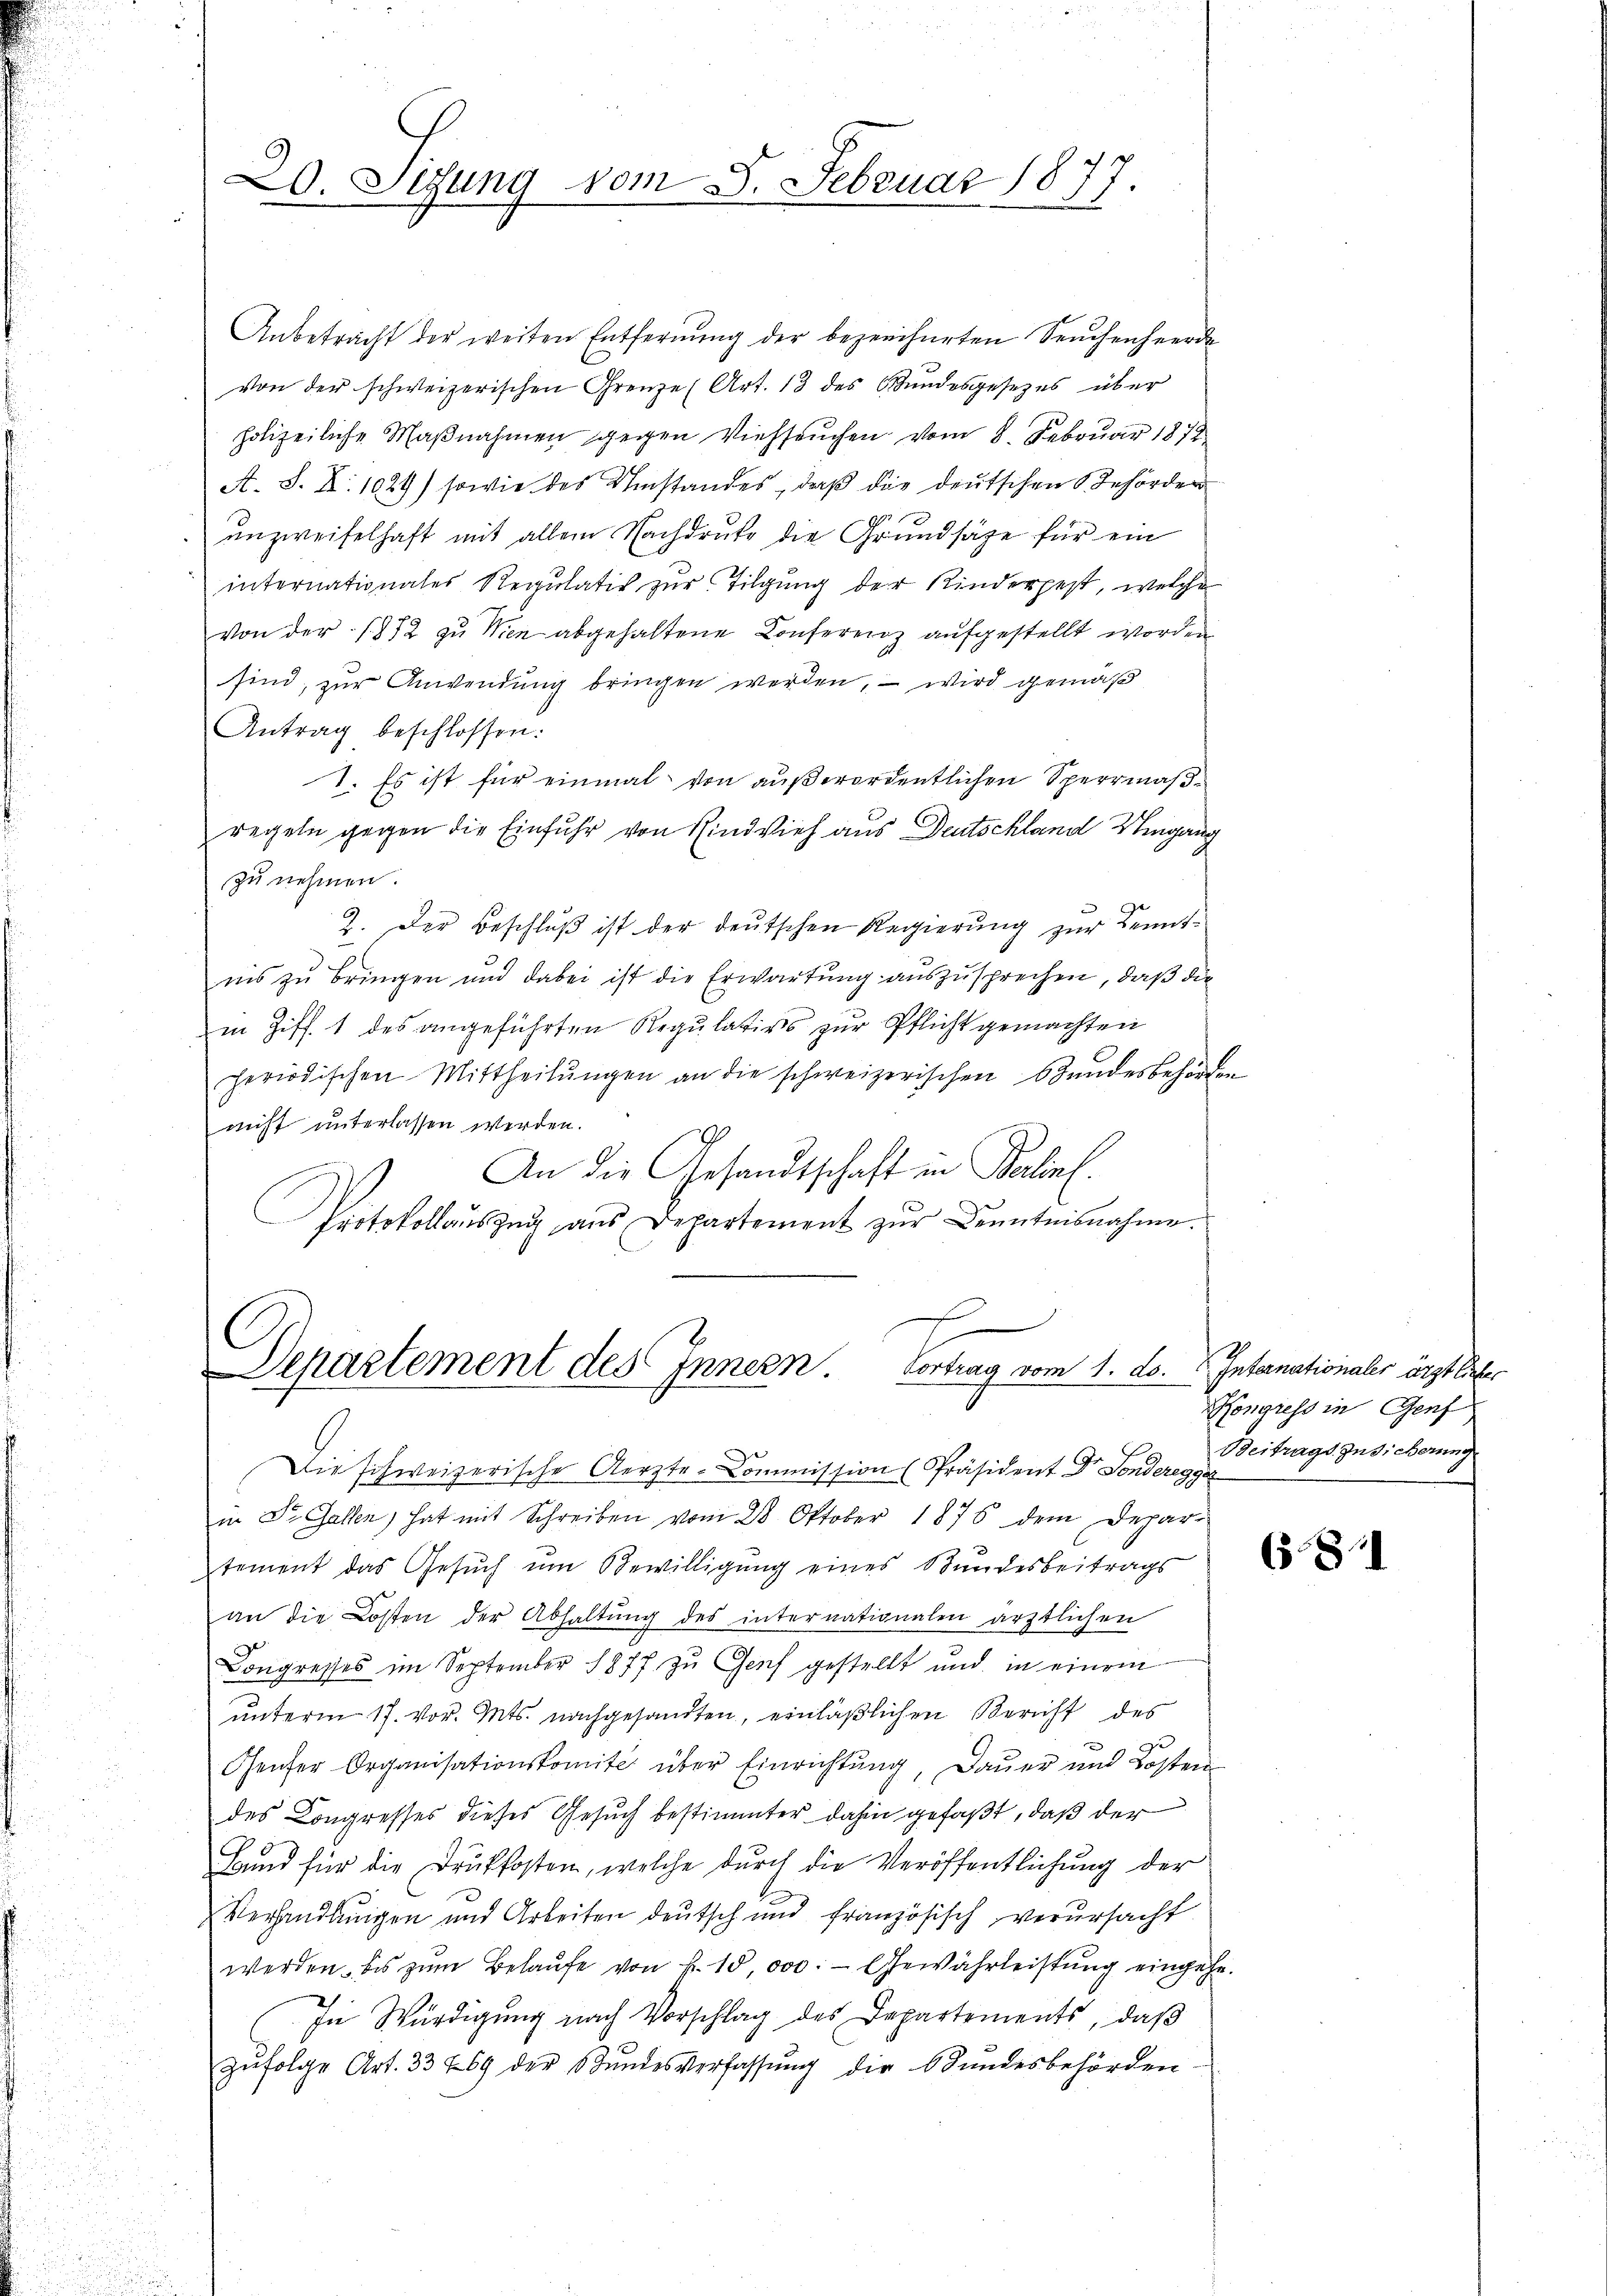
20. Sizung vom 8. Februar 1877.

Anbetracht der weiten Entfernŭng der bezeichneten Seucherheerde
von der schweizerischen Grenze (Art. 13 des Bundesgesezes über
holizeiliche Maßnahmen gegen Viehseuchen vom 8. Februar 1872
A. S. Z. 1029) sowie des Umstandes, daß die deutschen Behörder
 unzweifelhaft mit allem Nachdruke die Grundsätze für ein
internationales Regŭlativ zur Tilgung der Kinderpest, welche
Von der 1872 zu Wien abgehaltene Conferenz aufgestellt worden
sind, zur Anwendung bringen werden, – wird gemäß
Antrag beschlossen:
1. Es ist für einmal von außerordentlichen Sperrmaßregeln gegen die Einfuhr von Rindvieh aus Deutschland Umgang
zu nehmen.
2. Der Beschlŭβ ist der deutschen Regierŭng zur Kenntnis zu bringen und dabei ist die Erwartung auszusprechen, daß die
in Ziff. 1 des angeführten Regulativs zur Pflicht gemachten
periodischen Mittheilŭngen an die schweizerischen Bundesbehörden
nicht unterlassen werden.
An die Gesandtschaft in Balins.
Protokollaŭszŭg aŭs Departement zŭr Kenntnisnahme.

E
Departement des Innern. Vortrag vom 1. ds. Internationaler ärztlicher

Die schweizerische Aerzte-Commission (Präsident Dr. Sonderegger
in Dr. Gallen, hat mit Schreiben vom 28. Oktober 1876 dem Depar-
tement das Gesŭch ŭm Bewilligung eines Bundesbeitrags
an die Kosten der Abhaltŭng des internationalen ärztlichen
Congresses im September 1877 zu Genf gestellt und in einem
ŭnterm 17. vor. Mts. nachgesandten, einläßlichen Bericht des
Genfer Organisationskomité über Einrichtung, Dauer und Kosten
des Congresses dieses Gesuch bestimmter dahin gefaßt, daß der
Bund für die Druckkosten, welche durch die Veröffentlichung der
Verhandlungen und Arbeiten deutsch und französisch verursacht
werden, bis zŭm Belaufe von k. 15,000. - Gewährleistung eingehe.
In Würdigung nach Vorschlag des Departements, daß
zŭfolge Art. 33 269 der Bŭndesverfassŭng die Stundesbehörden.

Kongress in Genf
Beitrags Indierung

(381